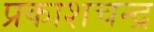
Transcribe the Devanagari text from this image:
प्रकाशचन्द्र